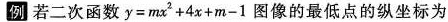
例若二次函数$$y = m x ^{ 2 } + 4 x + m - 1$$图像的最低点的纵坐标为